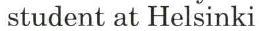
student at Helsinki